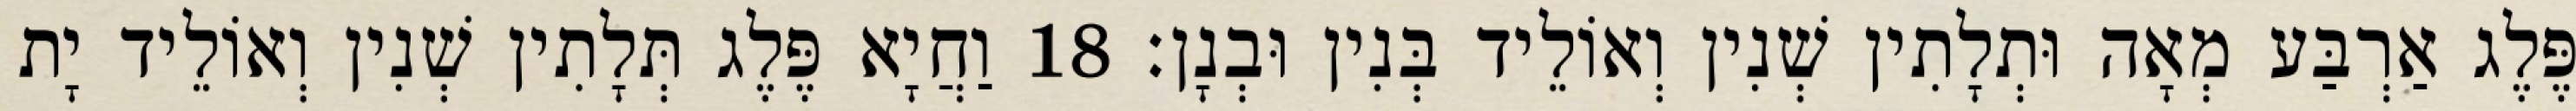
פֶּלֶג אַרְבַּע מְאָה וּתְלָתִין שְׁנִין וְאוֹלֵיד בְּנִין וּבְנָן׃ 18 וַחֲיָא פֶּלֶג תְּלָתִין שְׁנִין וְאוֹלֵיד יָת